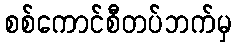
စစ်ကောင်စီတပ်ဘက်မှ